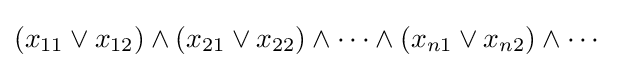
(x_{11}\lor x_{12})\land (x_{21}\lor x_{22})\land \cdots \land (x_{n1}\lor x_{n2})\land \cdots